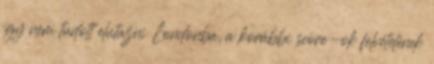
így nem tudott elutazni Londonba, a korábbi score-ok felvételének